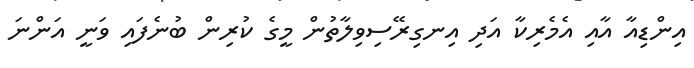
އިންޑިއާ އާއި އެމެރިކާ އަދި އިނގިރޭސިވިލާތުން މީގެ ކުރިން ބުނެފައި ވަނީ އަންނަ